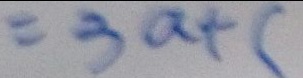
= 3 a + c